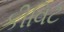
કીવિટ